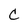
Character: C